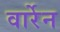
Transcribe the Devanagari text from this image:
वार्रेन